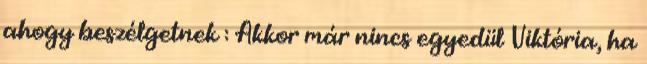
ahogy beszélgetnek : Akkor már nincs egyedül Viktória, ha